Sketch of the medical history of the native army of Bombay, for the year
Year: 1872
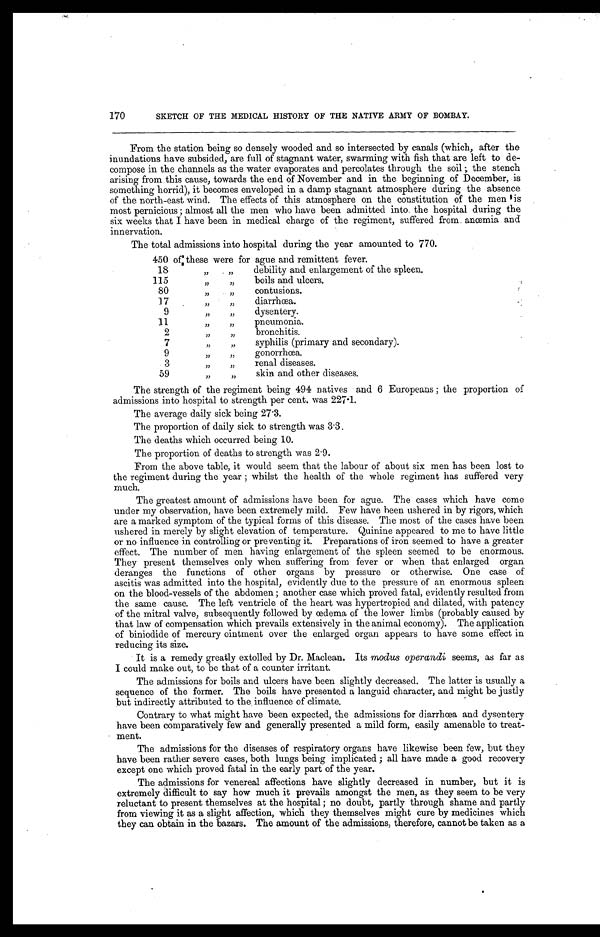
170
SKETCH OF THE MEDICAL HISTORY OF THE NATIVE ARMY OF BOMBAY.
From the station being so densely wooded and so intersected by canals (which, after the
inundations have subsided, are full of stagnant water, swarming with fish that are left to de-
compose in the channels as the water evaporates and percolates through the soil; the stench
arising from this cause, towards the end of November and in the beginning of December, is
something horrid), it becomes enveloped in a damp stagnant atmosphere during the absence
of the north-east wind. The effects of this atmosphere on the constitution of the men is
most pernicious; almost all the men who have been admitted into the hospital during the
six weeks that I have been in medical charge of the regiment, suffered from anœmia and
innervation.
The total admissions into hospital during the year amounted to 770.
450 of these were for ague and remittent fever.
1 8
, ,
, ,
debility and enlargement of the spleen.
1 1 5
, ,
, ,
boils and ulcers.
8 0
, ,
, ,
contusions.
17
, ,
, ,
diarrhœa.
9
, ,
, ,
dysentery.
11
,,
,,
pneumonia.
2
, ,
, ,
bronchitis.
7
, ,
, ,
syphilis (primary and secondary).
9
, ,
, ,
gonorrhœa.
3
, ,
, ,
renal diseases.
59
,,
,,
skin and other diseases.
The strength of the regiment being 494 natives and 6 Europeans; the proportion of
admissions into hospital to strength per cent. was 227.1.
The average daily sick being 27.3.
The proportion of daily sick to strength was 3.3.
The deaths which occurred being 10.
The proportion of deaths to strength was 2.9.
From the above table, it would seem that the labour of about six men has been lost to
the regiment during the year; whilst the health of the whole regiment has suffered very
much.
The greatest amount of admissions have been for ague. The cases which have come
under my observation, have been extremely mild. Few have been ushered in by rigors, which
are a marked symptom of the typical forms of this disease. The most of the cases have been
ushered in merely by slight elevation of temperature. Quinine appeared to me to have little
or no influence in controlling or preventing it. Preparations of iron seemed to have a greater
effect. The number of men having enlargement of the spleen seemed to be enormous.
They present themselves only when suffering from fever or when that enlarged organ
deranges the functions of other organs by pressure or otherwise. One case of
ascitis was admitted into the hospital, evidently due to the pressure of an enormous spleen
on the blood-vessels of the abdomen; another case which proved fatal, evidently resulted from
the same cause. The left ventricle of the heart was hypertropied and dilated, with patency
of the mitral valve, subsequently followed by œdema of the lower limbs (probably caused by
that law of compensation which prevails extensively in the animal economy). The application
of biniodide of mercury ointment over the enlarged organ appears to have some effect in
reducing its size.
It is a remedy greatly extolled by Dr. Maclean. Its modus operandi seems, as far as
I could make out, to be that of a counter irritant.
The admissions for boils and ulcers have been slightly decreased. The latter is usually a
sequence of the former. The boils have presented a languid character, and might be justly
but indirectly attributed to the influence of climate.
Contrary to what might have been expected, the admissions for diarrhœa and dysentery
have been comparatively few and generally presented a mild form, easily amenable to trea
tment.
The admissions for the diseases of respiratory organs have likewise been few, but they
have been rather severe cases, both lungs being implicated; all have made a good recovery
except one which proved fatal in the early part of the year.
The admissions for venereal affections have slightly decreased in number, but it is
extremely difficult to say how much it prevails amongst the men, as they seem to be very
reluctant to present themselves at the hospital; no doubt, partly through shame and partly
from viewing it as a slight affection, which they themselves might cure by medicines which
they can obtain in the bazars. The amount of the admissions, therefore, cannot be taken as a